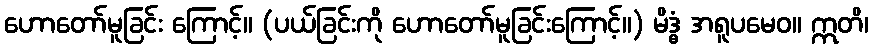
ဟောတော်မူခြင်း ကြောင့်။ (ပယ်ခြင်းကို ဟောတော်မူခြင်းကြောင့်။) မိဒ္ဓံ အရူပမေဝ။ ဣတိ၊